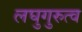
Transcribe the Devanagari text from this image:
लघुगुरुत्व